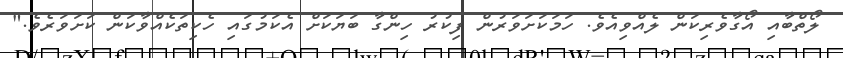
ލޯތްބާއި އޯގާވެރިކަން ލެއްވިއެވެ. ހަމަކަށަވަރުން ފިކުރު ހިންގާ ބަޔަކަށް އެކަމުގައި ހެކިތަކެއްވާކަން ކަށަވަރެވެ."